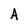
Character: A